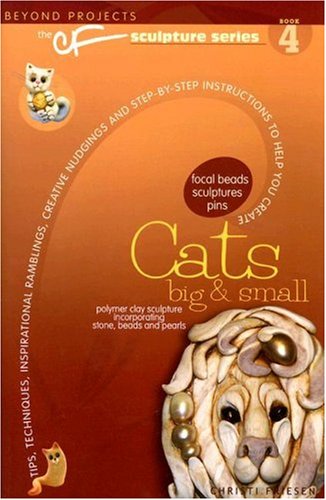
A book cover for Cats Big & Small (Beyond Projects: The CF Sculpture Series, Book 4); Christi Friesen; Crafts, Hobbies & Home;